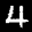
Label: 4